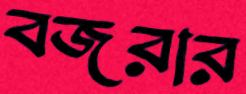
বজরার